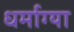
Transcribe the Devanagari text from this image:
धर्माग्या